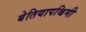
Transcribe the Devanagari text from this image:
बेतियापश्चिमी